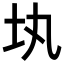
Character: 𡉕